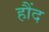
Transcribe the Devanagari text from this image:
हौंद